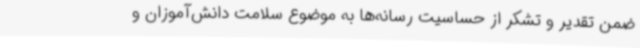
ضمن تقدیر و تشکر از حساسیت رسانه‌ها به موضوع سلامت دانش‌آموزان و